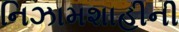
નિઝામશાહીની